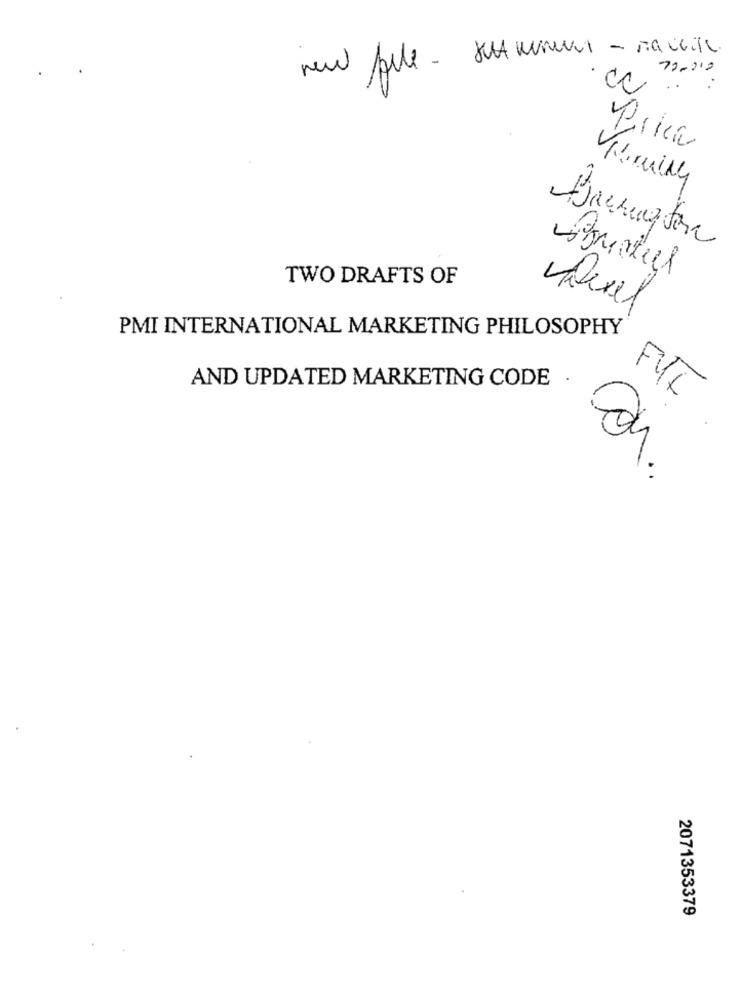
new file - but wenever - na will.
73-210
cc
1
il
IN
TWO DRAFTS OF
PMI INTERNATIONAL MARKETING PHILOSOPHY
AND UPDATED MARKETING CODE .
FUT
di
2071353379